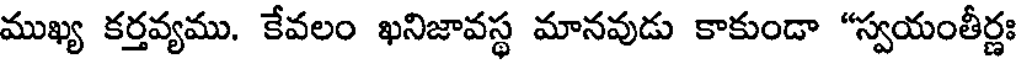
ముఖ్య కర్తవ్యము. కేవలం ఖనిజావస్థ మానవుడు కాకుండా "స్వయంతీర్ణః